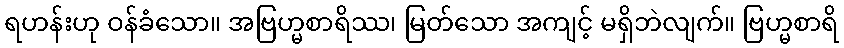
ရဟန်းဟု ဝန်ခံသော။ အဗြဟ္မစာရိဿ၊ မြတ်သော အကျင့် မရှိဘဲလျက်။ ဗြဟ္မစာရိ